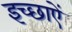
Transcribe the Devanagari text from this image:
इच्छाऐं